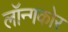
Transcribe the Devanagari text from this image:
लॉन्गकोर